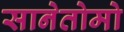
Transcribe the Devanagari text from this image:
सानेतोमो